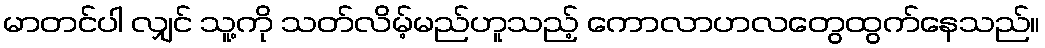
မာတင်ပါ လျှင် သူ့ကို သတ်လိမ့်မည်ဟူသည့် ကောလာဟလတွေထွက်နေသည်။